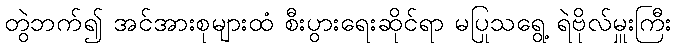
တွဲဘက်၍ အင်အားစုများထံ စီးပွားရေးဆိုင်ရာ မပြုသရွေ့ ရဲဗိုလ်မှူးကြီး